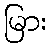
မြား